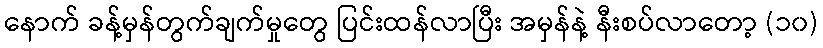
နောက် ခန့်မှန်တွက်ချက်မှုတွေ ပြင်းထန်လာပြီး အမှန်နဲ့ နီးစပ်လာတော့ (၁၀)